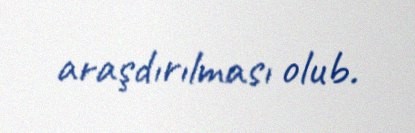
araşdırılması olub.